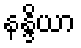
နန္ဒိယာ